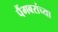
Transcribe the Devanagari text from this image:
पैंगबरांच्या